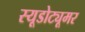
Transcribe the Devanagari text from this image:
स्यूडोट्यूमर